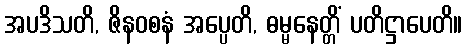
အပဒိသတိ, ဇိနဝစနံ အပ္ပေတိ, ဓမ္မနေတ္တိံ ပတိဋ္ဌာပေတိ။